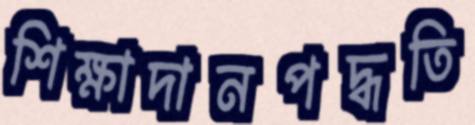
শিক্ষাদানপদ্ধতি